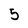
Character: 5